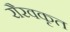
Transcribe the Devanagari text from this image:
रौरवकृत